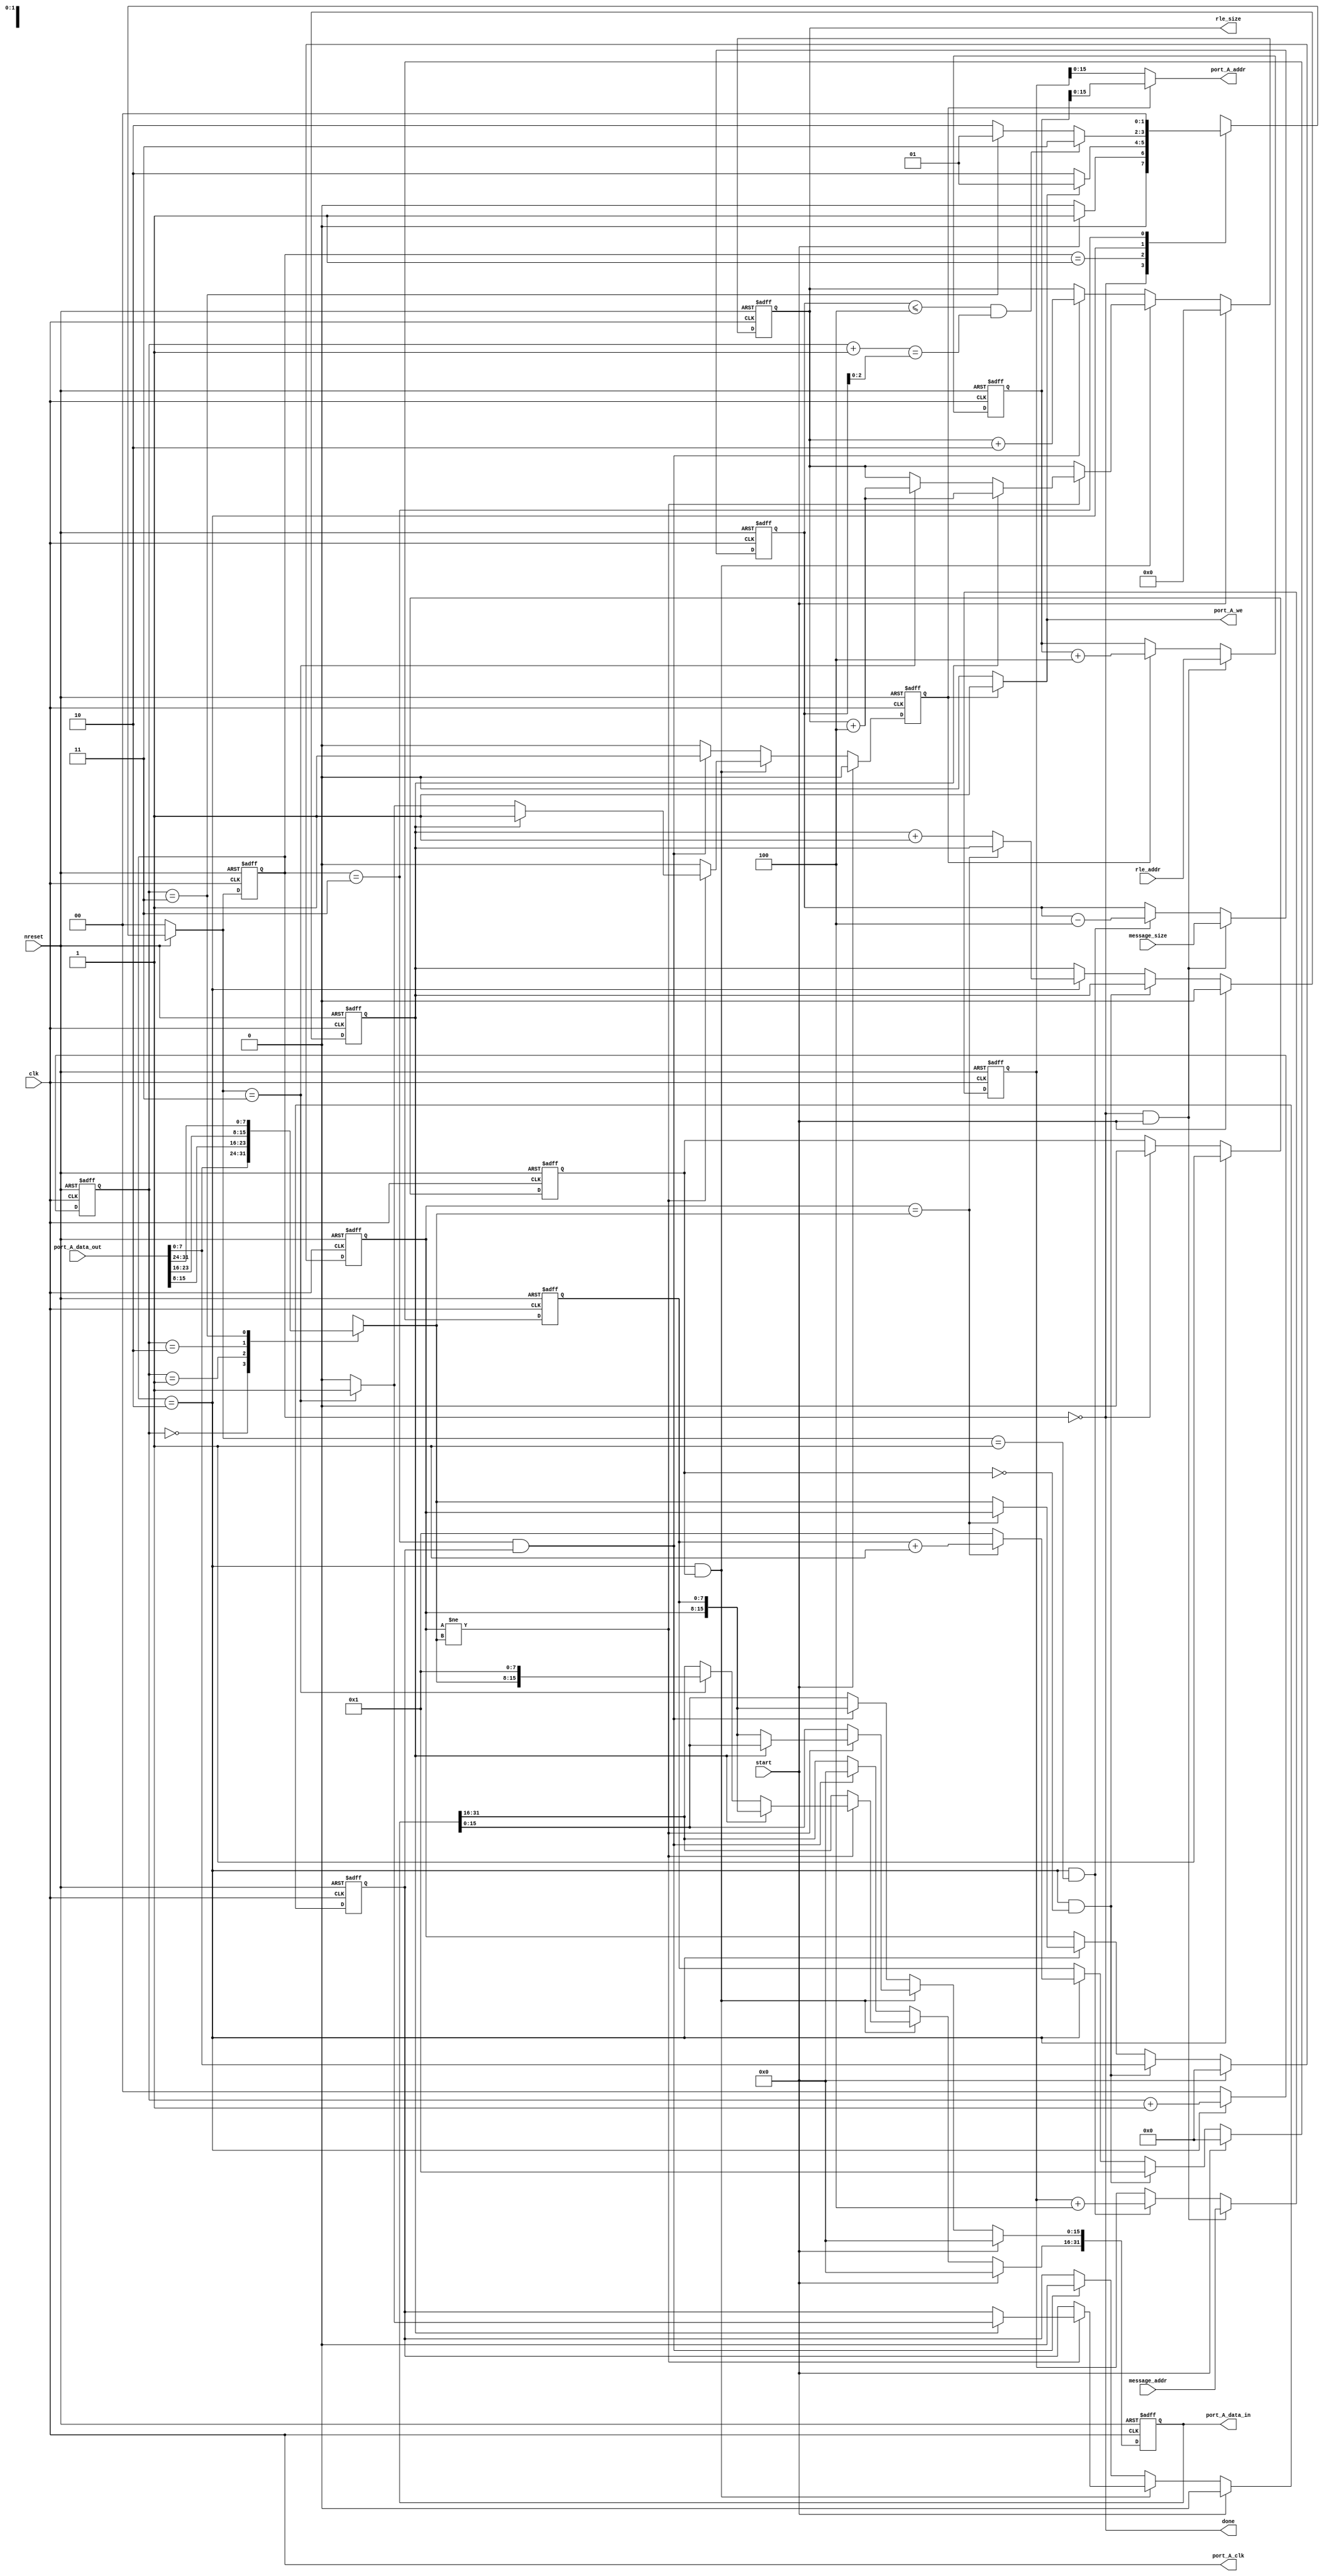
module rle (
    clk,        
    nreset,     
    start,
    message_addr,   
    message_size,   
    rle_addr,   
    rle_size,   
    done,       
    port_A_clk,
    port_A_data_in,
    port_A_data_out,
    port_A_addr,
    port_A_we
    );

input   clk;
input   nreset;
// Initializes the RLE module

input   start;
// Tells RLE to start compressing the given frame

input   [31:0] message_addr;
// Starting address of the plaintext frame
// i.e., specifies from where RLE must read the plaintext frame

input   [31:0] message_size;
// Length of the plain text in bytes

input   [31:0] rle_addr;
// Starting address of the ciphertext frame
// i.e., specifies where RLE must write the ciphertext frame

input   [31:0] port_A_data_out;
// read data from the dpsram (plaintext)

output reg [31:0] port_A_data_in;
// write data to the dpsram (ciphertext)

output  [15:0] port_A_addr;
// address of dpsram being read/written

output  port_A_clk;
// clock to dpsram (drive this with the input clk)

output  port_A_we;
// read/write selector for dpsram

output reg [31:0] rle_size;
// Length of the compressed text in bytes

output  done; // done is a signal to indicate that encryption of the frame is complete

assign port_A_clk = clk;

reg [31:0] size_count;    //count of processed data
reg [31:0] port_A_addr_read;
reg [31:0] port_A_addr_write;
wire       read_req;
reg        write_req;
reg [1:0]  proc_count; //processing data 


parameter IDLE = 2'b00,
          READ_DATA = 2'b01,
          PROCESS = 2'b10,
          DONE = 2'b11;

reg [1:0] state,next_state;
always@(posedge clk or negedge nreset)
begin
    if(nreset == 1'b0)
        state <= IDLE;
    else
        state <= next_state;
end

always@(*)
begin
    if(nreset == 1'b0)
        next_state = IDLE;
    else
    begin
        case(state)
        IDLE:
        begin
            if(start == 1'b1)
                next_state = READ_DATA;
            else
                next_state = IDLE;
        end
        READ_DATA:
        begin
            if(port_A_we == 1'b1)
                next_state = READ_DATA;
            else
                next_state = PROCESS;
        end
        PROCESS:
        begin
            if(size_count <= 32'd4 && (proc_count + 1 == size_count[2:0]))
                next_state = DONE;
            else if(proc_count == 2'd3)
                next_state = READ_DATA;
            else
                next_state = PROCESS;
        end
        DONE:
            next_state = IDLE;
        endcase
    end
end                                                                  

assign done = (state == IDLE);

always@(posedge clk or negedge nreset)
begin
    if(nreset == 1'b0)
        size_count <= 32'd0;
    else if(state == IDLE && start == 1)
        size_count <= message_size;
    else if(read_req)
        size_count <= size_count - 4;
end

//control of the port_A_addr
always@(posedge clk or negedge nreset)
begin
    if(nreset == 1'b0)
        port_A_addr_read <= 32'd0;
    else if(state == IDLE && start == 1)
        port_A_addr_read <= message_addr;
    else if(read_req)
        port_A_addr_read <= port_A_addr_read + 4;
end

always@(posedge clk or negedge nreset)
begin
    if(nreset == 1'b0)
        port_A_addr_write <= 32'd0;
    else if(state == IDLE && start == 1'b1)
        port_A_addr_write <= rle_addr;
    else if(write_req)
        port_A_addr_write <= port_A_addr_write + 4;
end

//read control
assign read_req = (state == PROCESS && next_state == READ_DATA);

always@(posedge clk or negedge nreset)
begin
    if(nreset == 1'b0)
        proc_count <= 2'd0;
    else if(state == PROCESS)
        proc_count <= proc_count + 1'd1;
    else
        proc_count <= 2'd0;
end

reg first_data_flag;
always@(posedge clk or negedge nreset)
begin
    if(nreset == 1'b0)
        first_data_flag <= 1'd0;
    else if(state == PROCESS)
        first_data_flag <= 1'd1;
    else if(done)
        first_data_flag <= 1'd0;
end

reg [7:0] data_num;       //data number count
reg [7:0] data_value;     //previous data
reg [7:0] curr_data;      //current process data

reg       pos_cnt;        //ouput position count

always@(*)
begin
    case(proc_count)
    2'd0: curr_data = port_A_data_out[7:0];
    2'd1: curr_data = port_A_data_out[15:8];
    2'd2: curr_data = port_A_data_out[23:16];
    2'd3: curr_data = port_A_data_out[31:24];
    endcase
end

always@(posedge clk or negedge nreset)
begin
    if(nreset == 1'b0)
    begin
        data_num <= 8'd0;
        data_value <= 8'd0;
        pos_cnt <= 1'd0;
    end
    else if(start == 1'b1)
    begin
        data_num <= 8'd0;
        data_value <= 8'd0;
        pos_cnt <= 1'd0;
    end
    else if(state == PROCESS && first_data_flag == 1'b0)
    begin
        data_num <= 8'd1;
        data_value <= port_A_data_out[7:0];
    end
    else if(state == PROCESS)
    begin
        if(data_value == curr_data)
            data_num <= data_num + 1;
        else
        begin
            pos_cnt <= pos_cnt + 1;
            data_num <= 8'd1;
            data_value <= curr_data;
        end
    end
end

reg remain_data;
always@(posedge clk or negedge nreset)
begin
    if(nreset == 1'b0)
    begin
        port_A_data_in <= 32'd0;
        write_req <= 1'd0;
        rle_size <= 0;
        remain_data <= 0;
    end
    else if(start == 1'b1)
    begin
        port_A_data_in <= 32'd0;
        write_req <= 1'd0;
        rle_size <= 0;
        remain_data <= 0;
    end
    else if(state == PROCESS && first_data_flag == 1'b1)
    begin
        if(data_value != curr_data)
        begin
            if(pos_cnt == 1'b0)
            begin
                port_A_data_in[15:0] <= {data_value,data_num};
                if(next_state == DONE)
                begin
                    port_A_data_in[31:16] <= {curr_data,8'b01};
                    write_req <= 1'b1;
                    rle_size <= rle_size + 4;
                end
                else
                    write_req <= 1'b0;
            end                
            else
            begin 
                port_A_data_in[31:16] <= {data_value,data_num};
                write_req <= 1'b1;
                rle_size <= rle_size + 4;
                remain_data <= (next_state == DONE) ? 1'b1 : 1'b0;
            end
        end
        else
            write_req <= 1'b0;
    end
    else if(state == DONE && remain_data)
    begin
        port_A_data_in <= {16'b0,data_value,data_num};
        rle_size <= rle_size + 2;
        write_req <= 1'b1;
        remain_data <= 1'b0;
    end
    else
        write_req <= 1'b0;
end

//write or read
assign port_A_we = write_req ? 1'b1 : 1'b0;
assign port_A_addr = write_req ? port_A_addr_write : port_A_addr_read;

endmodule